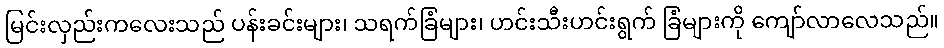
မြင်းလှည်းကလေးသည် ပန်းခင်းများ၊ သရက်ခြံများ၊ ဟင်းသီးဟင်းရွက် ခြံများကို ကျော်လာလေသည်။